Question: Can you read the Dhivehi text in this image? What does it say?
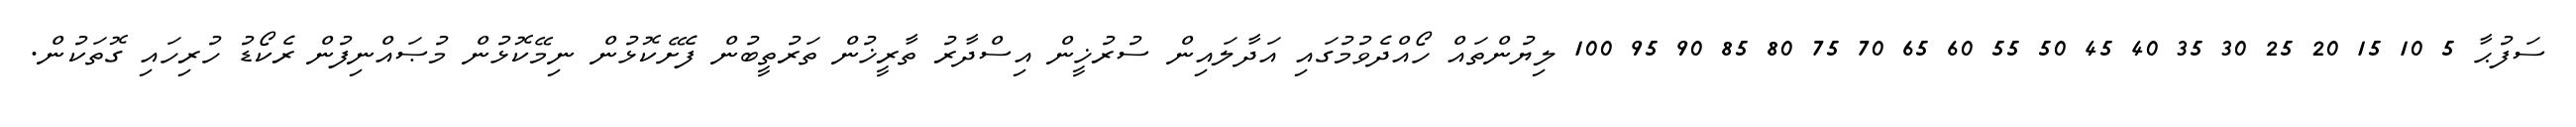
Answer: ސަފުޙާ 5 10 15 20 25 30 35 40 45 50 55 60 65 70 75 80 85 90 95 100 ލިޔުންތައް ހޯއްދެވުމުގައި އަދާލައިން ސުރުޚީން އިސްދާރު ތާރީޚުން ތަރުތީބުން ފެށޭކޮޅުން ނިމޭކޮޅުން މުޞައްނިފުން ރެކޯޑު ހުރިހައި ގޮތަކުން.